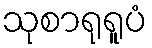
သုစာရုရူပံ